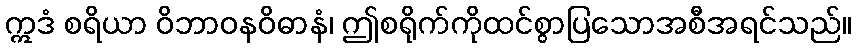
ဣဒံ စရိယာ ဝိဘာဝနဝိဓာနံ၊ ဤစရိုက်ကိုထင်စွာပြသောအစီအရင်သည်။